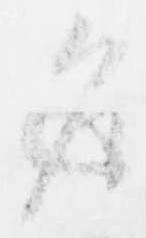
返